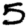
Digit: 5